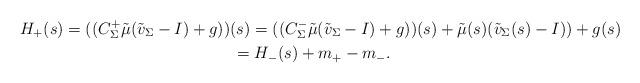
LaTeX: \begin{gather*}H_+(s) =( (C_{\Sigma}^+ \tilde{\mu} (\tilde{v}_\Sigma -I) + g))(s)=( (C_{\Sigma}^- \tilde{\mu} (\tilde{v}_\Sigma -I) + g))(s) + \tilde{\mu}(s)(\tilde{v}_\Sigma(s) - I)) + g(s) \\\hphantom{H_+(s)}{} = H_-(s) + m_+ - m_-.\end{gather*}